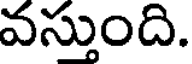
వస్తుంది.